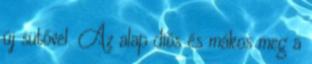
új sütővel. Az alap diós és mákos meg a